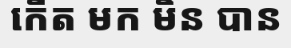
កើត មក មិន បាន